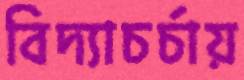
বিদ্যাচর্চায়